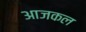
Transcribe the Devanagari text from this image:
अाजकल